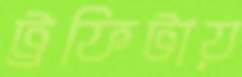
ট্রফিটায়